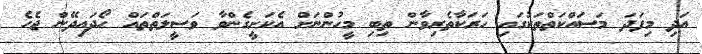
އަދި މިފަދަ މަސައްކަތްތަކުގައި ހަރަކާތެރިވާން ތިބި މީހުންނަށް އެކަށީގެންވާ ވަސީލަތްތައް ހޯދައިދޭން ޖެހެ